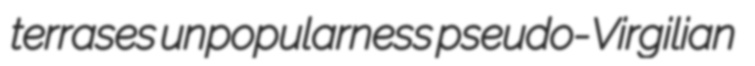
terrases unpopularness pseudo-Virgilian